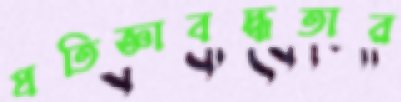
প্রতিজ্ঞাবদ্ধতার